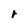
Character: r